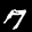
Label: 7